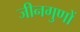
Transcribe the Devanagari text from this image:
जीनगुणों